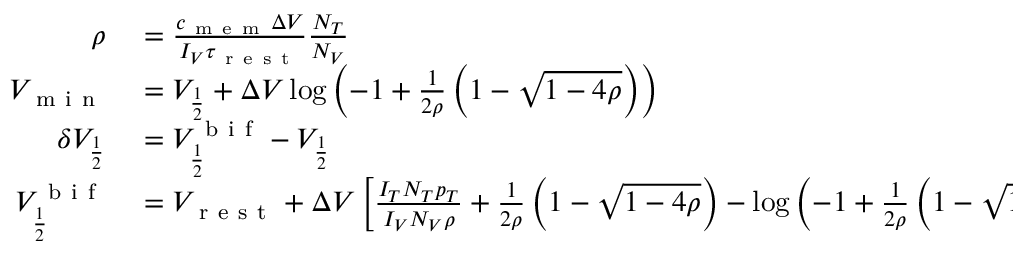
\begin{array} { r l } { \rho } & { { } = \frac { c _ { \mathrm { ~ m ~ e ~ m ~ } } \Delta V } { I _ { V } \tau _ { \mathrm { ~ r ~ e ~ s ~ t ~ } } } \frac { N _ { T } } { N _ { V } } } \\ { V _ { \mathrm { ~ m ~ i ~ n ~ } } } & { { } = V _ { \frac { 1 } { 2 } } + \Delta V \log \left( - 1 + \frac { 1 } { 2 \rho } \left( 1 - \sqrt { 1 - 4 \rho } \right) \right) } \\ { \delta V _ { \frac { 1 } { 2 } } } & { { } = V _ { \frac { 1 } { 2 } } ^ { \mathrm { ~ b ~ i ~ f ~ } } - V _ { \frac { 1 } { 2 } } } \\ { V _ { \frac { 1 } { 2 } } ^ { \mathrm { ~ b ~ i ~ f ~ } } } & { { } = V _ { \mathrm { ~ r ~ e ~ s ~ t ~ } } + \Delta V \left[ \frac { I _ { T } N _ { T } p _ { T } } { I _ { V } N _ { V } \rho } + \frac { 1 } { 2 \rho } \left( 1 - \sqrt { 1 - 4 \rho } \right) - \log \left( - 1 + \frac { 1 } { 2 \rho } \left( 1 - \sqrt { 1 - 4 \rho } \right) \right) \right] . } \end{array}